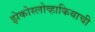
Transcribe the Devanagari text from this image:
झेकोस्लोव्हाकियाची